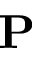
\mathbf { P }